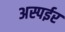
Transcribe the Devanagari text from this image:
अस्पईर